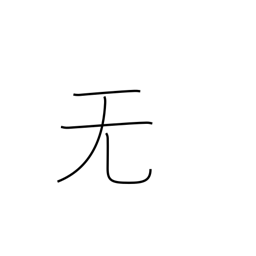
Meaning: nothing